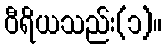
ဝီရိယသည်း(၁)။